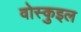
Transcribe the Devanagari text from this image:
वोस्कुइल